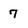
Character: 7